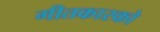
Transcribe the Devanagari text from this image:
गीतकारको